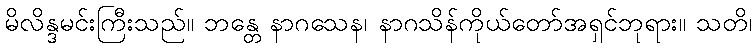
မိလိန္ဒမင်းကြီးသည်။ ဘန္တေ နာဂသေန၊ နာဂသိန်ကိုယ်တော်အရှင်ဘုရား။ သတိ၊